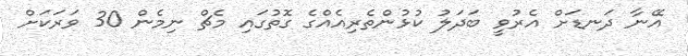
އޭނާ ދަނޑަށް އެރުވީ ބަދަލު ކުޅުންތެރިއެއްގެ ގޮތުގައި މެޗް ނިމެން 30 ވަރަކަށް